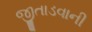
જીતાડવાની